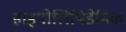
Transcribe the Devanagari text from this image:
हाइपोलिपिडेमिक